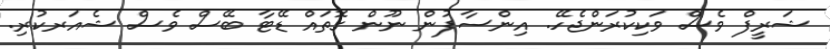
ޝަރީފް ވެސް ވަކިކުރަންޖެހޭ. އިންސާފުން ނޫން ގޮތައް ޑޭޓާ ބޭސް ވެސް ޝެއަރކުރި.